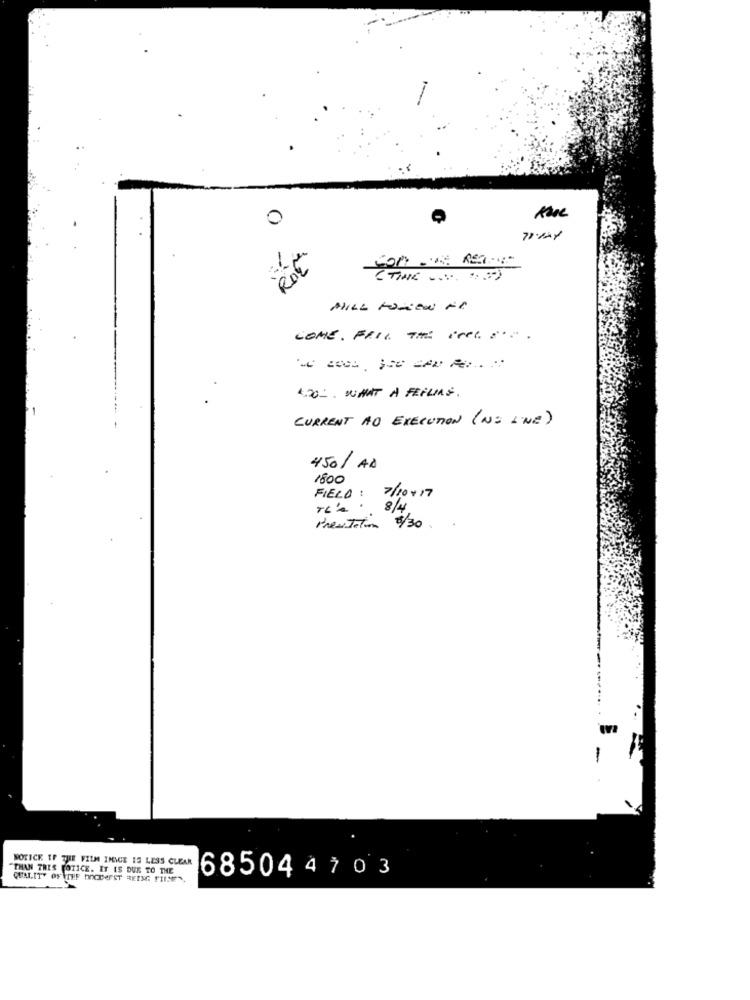
0
ROZ
HILL KOMEN FI
COME. FRIL, THE icel. ... .
4.20. WHAT A FEELING .
CURRENT AO EXECUTION (NO LINE)
450/ AD
1800
FIELD : 7/10+17
8 /
Prestation 0/30.
-
NOTICE IF THE FILM IMAGE IS LESS CLEAR
"THAN TRES TOTICE. IT IS DUE TO THE
QUALITY OF THE DOCHeFST REIMG FILES
685044 7 0 3